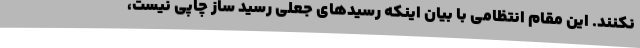
نکنند. این مقام انتظامی با بیان اینکه رسیدهای جعلی رسید ساز چاپی نیست،